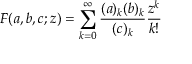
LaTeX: F ( a , b , c ; z ) = \sum _ { k = 0 } ^ { \infty } \frac { ( a ) _ { k } ( b ) _ { k } } { ( c ) _ { k } } \frac { z ^ { k } } { k ! }